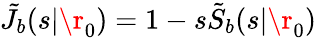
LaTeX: \tilde{J}_{b}(s|\r_{0})=1-s\tilde{S}_{b}(s|\r_{0})